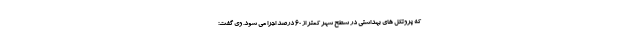
که پروتکل های بهداشتی در سطح شهر کمتر از ۶۰ درصد اجرا می شود. وی گفت: